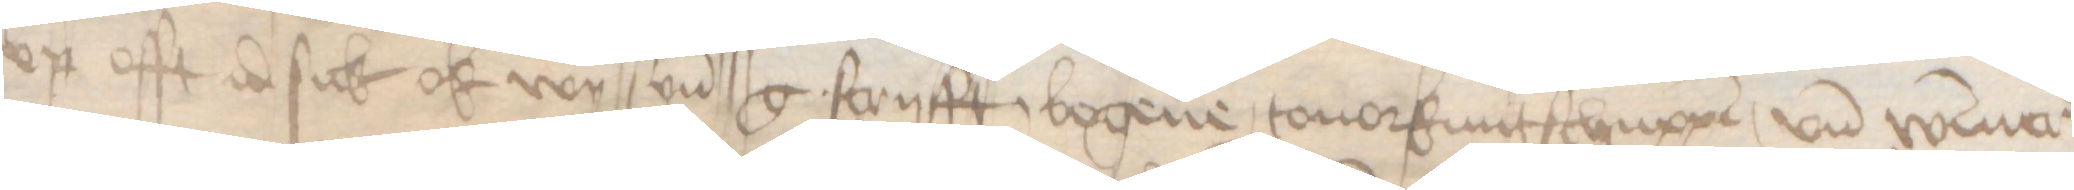
vp offt id sick ok wy syn g. scryfft, bogene, touorkuntschuppen, vnd Wismer